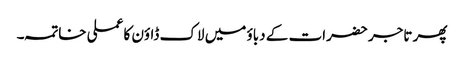
پھر تاجر حضرات کے دباؤ میں لاک ڈاؤن کا عملی خاتمہ۔